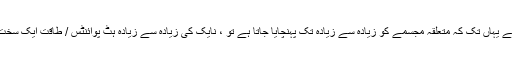
اگر گوشت یا قلب کھا لیا جاتا ہے یہاں تک کہ متعلقہ مجسمے کو زیادہ سے زیادہ تک پہنچایا جاتا ہے تو ، نایک کی زیادہ سے زیادہ ہٹ پوائنٹس / طاقت ایک سخت اور تیز مقدار میں بڑھتی ہے۔